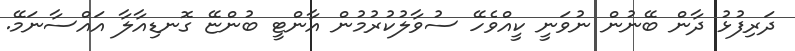
ދަރިފުޅު ދާން ބޭނުން ނުވަނީ ކީއްވެހޭ ސުވާލުކުރުމުން އާންޓީ ބުންޏޭ ގޮނޑިއާލާ އައްސާނަމޭ.